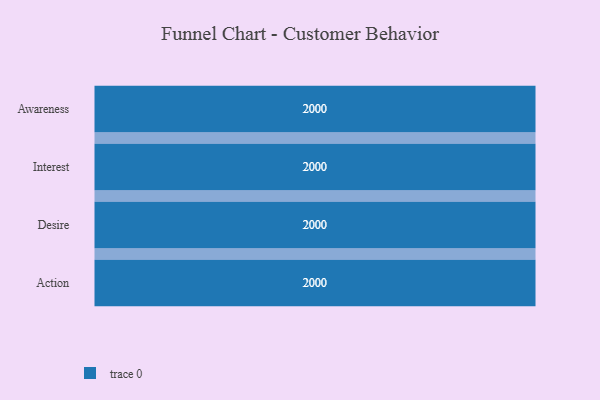
{"axis": {"x": "Stage", "y": "Value"}, "legend": [""], "data": [{"x": "Awareness", "y": 2000, "type": ""}, {"x": "Interest", "y": 2000, "type": ""}, {"x": "Desire", "y": 2000, "type": ""}, {"x": "Action", "y": 2000, "type": ""}]}